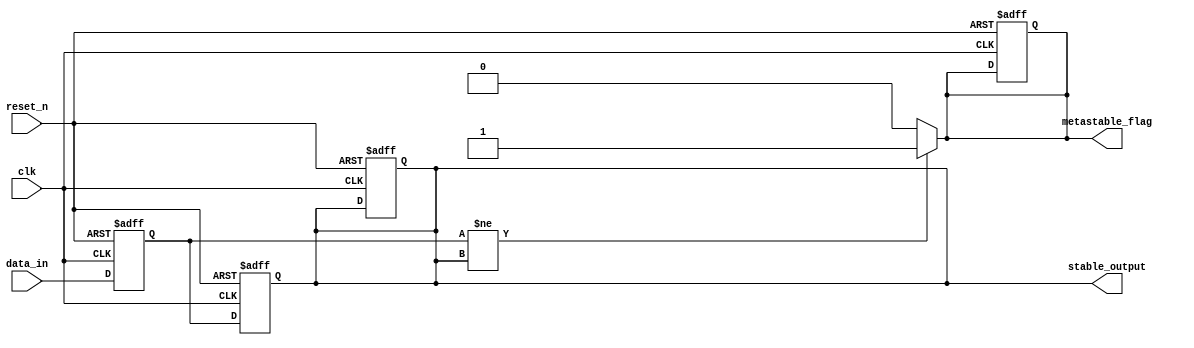
module metastability_detector (
    input wire clk,            // Clock signal
    input wire reset_n,       // Active low asynchronous reset
    input wire data_in,       // Asynchronous input signal
    output reg metastable_flag, // Flag to indicate metastability detected
    output reg stable_output    // Synchronized version of data_in
);

    // Internal signals for the flip-flops
    reg ff1_output;
    reg ff2_output;

    // Synchronization process with two flip-flops
    always @(posedge clk or negedge reset_n) begin
        if (!reset_n) begin
            ff1_output <= 1'b0; // Reset FF1
            ff2_output <= 1'b0; // Reset FF2
            stable_output <= 1'b0; // Reset stable output
            metastable_flag <= 1'b0; // Reset metastability flag
        end else begin
            ff1_output <= data_in; // Capture data_in in FF1
            ff2_output <= ff1_output; // Capture FF1 output in FF2
        end
    end

    // Metastability detection logic
    always @* begin
        // Check if the outputs of FF1 and FF2 are different
        if (ff1_output != ff2_output) begin
            metastable_flag = 1'b1; // Metastability detected
        end else begin
            metastable_flag = 1'b0; // No metastability detected
        end

        // Output the stable data
        stable_output = ff2_output; // Synchronized output
    end

endmodule